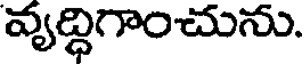
వ్యద్ధిగాంచును.